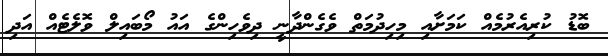
ބޮޑު ކުރިއެރުމެއް ކަމަށާއި މިހިދުމަތް ވެގެންދާނީ ދިވެހިންގެ އައު މޯބައިލް ވޮލެޓެއް އަދި